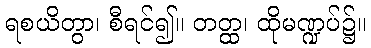
ရစယိတွာ၊ စီရင်၍။ တတ္ထ၊ ထိုမဏ္ဍပ်၌။